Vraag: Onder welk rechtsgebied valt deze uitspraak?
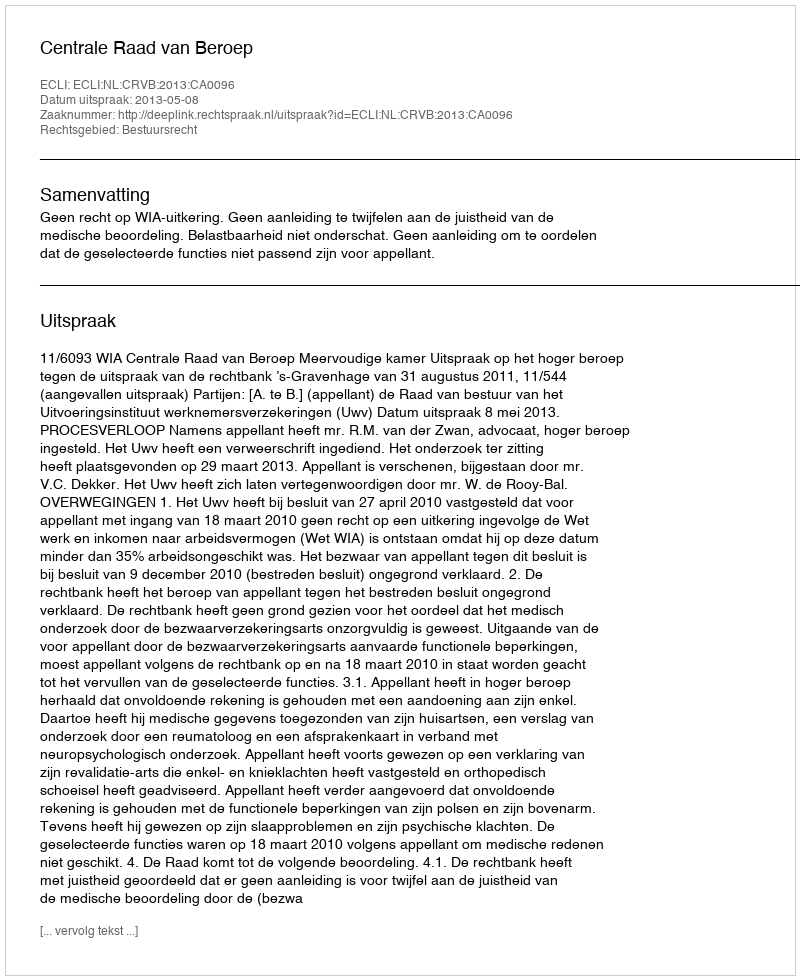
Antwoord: Bestuursrecht